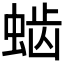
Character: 𰳆